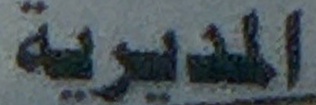
المديرية